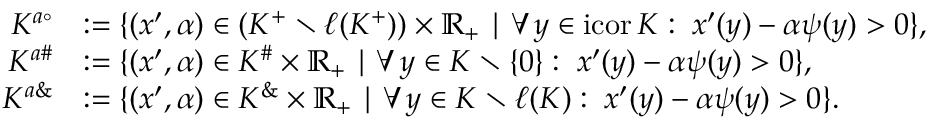
\begin{array} { r l } { K ^ { a \circ } } & { : = \{ ( x ^ { \prime } , \alpha ) \in ( K ^ { + } \setminus \ell ( K ^ { + } ) ) \times \mathbb { R } _ { + } \mid \forall \, y \in \mathrm { i c o r } \, K : \; x ^ { \prime } ( y ) - \alpha \psi ( y ) > 0 \} , } \\ { K ^ { a \# } } & { : = \{ ( x ^ { \prime } , \alpha ) \in K ^ { \# } \times \mathbb { R } _ { + } \mid \forall \, y \in K \setminus \{ 0 \} : \; x ^ { \prime } ( y ) - \alpha \psi ( y ) > 0 \} , } \\ { K ^ { a \& } } & { : = \{ ( x ^ { \prime } , \alpha ) \in K ^ { \& } \times \mathbb { R } _ { + } \mid \forall \, y \in K \setminus \ell ( K ) : \; x ^ { \prime } ( y ) - \alpha \psi ( y ) > 0 \} . } \end{array}